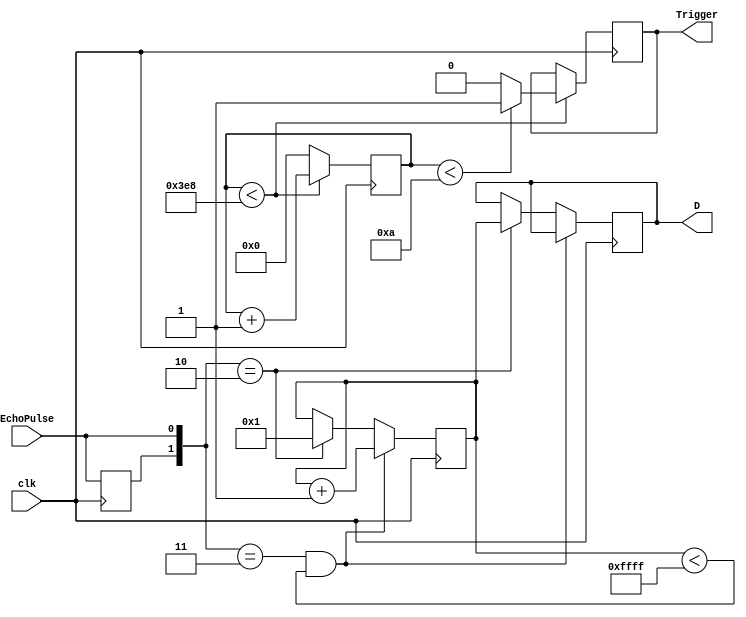
module UltraSonic_Sensor(clk, EchoPulse, Trigger, D);
input clk, EchoPulse;
output Trigger;
output [15:0]D;
reg [15:0]D=16'h0000, count=16'h0001, temp=16'h0000;
reg pre_Echo=0;
reg Trigger;
always @(posedge clk) begin
    pre_Echo<=EchoPulse;
    temp<=temp+1;
    if (temp<1000)
    begin
        if (temp<10)
            Trigger<=1;
        else
            Trigger<=0;
    end
    else
        temp<=0;
    if (({pre_Echo,EchoPulse}==2'b11)&&(count<16'hffff))
    begin
        count<=count+1;
    end
    else if ({pre_Echo,EchoPulse}==2'b10)
    begin
        D<=count;
        count<=16'h0001;
    end
end
endmodule